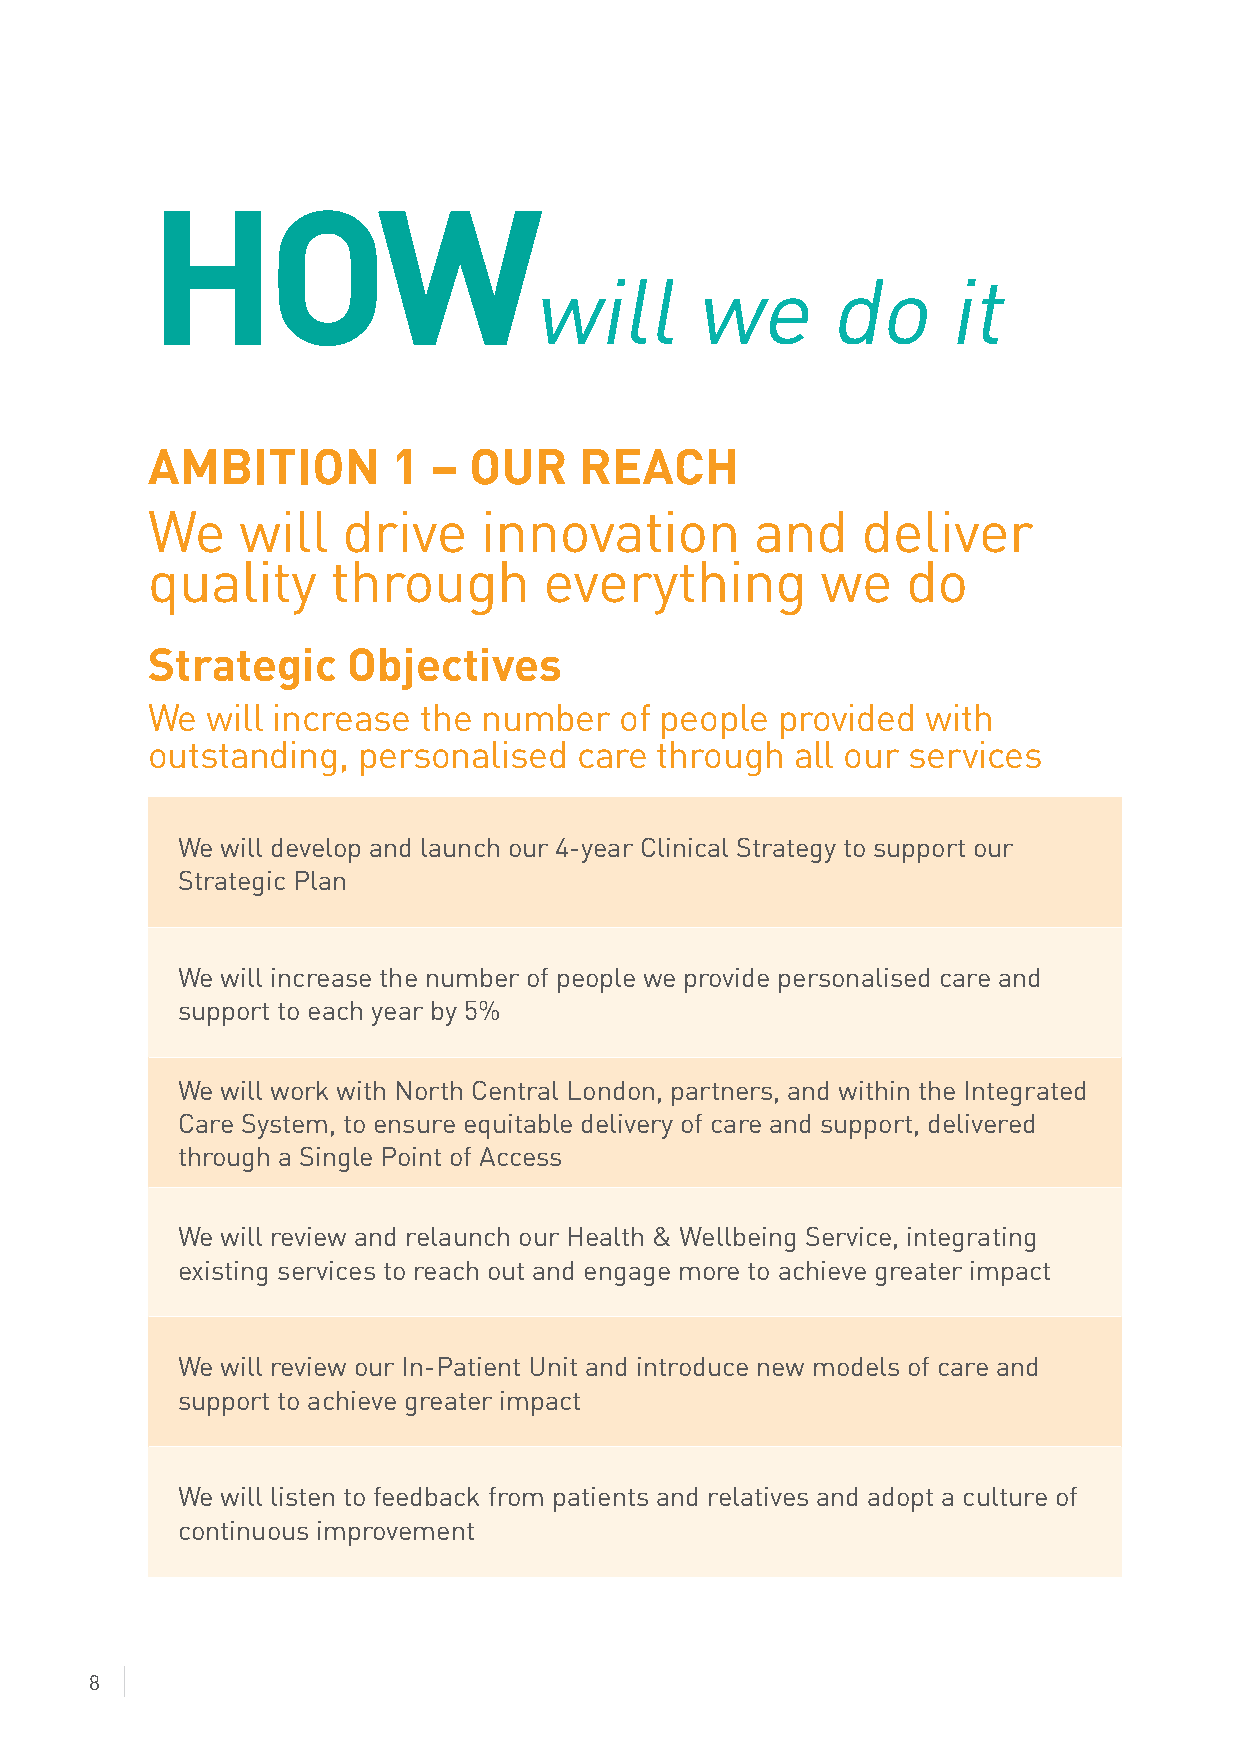
HOW
 will       we       do      it
 AMBITION        1 –  OUR    REACH
 We    will   drive    innovation        and    deliver
 quality     through       everything        we    do
 Strategic    Objectives
 We  will increase the number   of people provided  with
 outstanding,  personalised  care through   all our services
 We will develop and launch our 4-year Clinical Strategy to support our
 Strategic Plan
 We will increase the number of people we provide personalised care and
 support to each year by 5%
 We will work with North Central London, partners, and within the Integrated
 Care System, to ensure equitable delivery of care and support, delivered
 through a Single Point of Access
 We will review and relaunch our Health & Wellbeing Service, integrating
 existing services to reach out and engage more to achieve greater impact
 We will review our In-Patient Unit and introduce new models of care and
 support to achieve greater impact
 We will listen to feedback from patients and relatives and adopt a culture of
 continuous improvement
 8